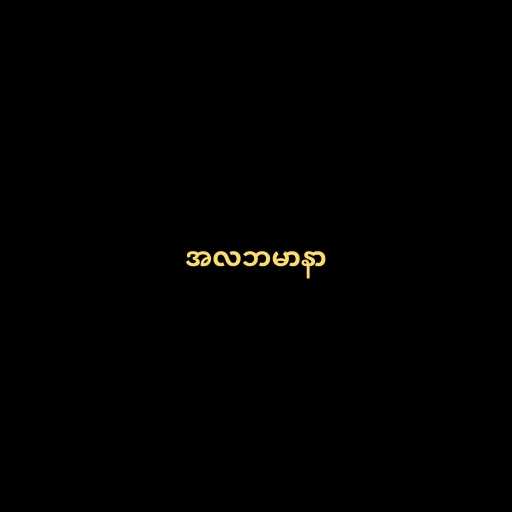
အလဘမာနာ